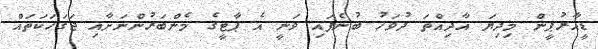
ޑީއާރުޕީން މިދިޔަ އާދިއްތަ ދުވަހު ބުނެފައި ވަނީ އެ ޕާޓީގެ މެންބަރުންނަށާއި ޖަގަހަކަތައް